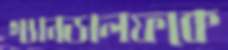
গ্যানডালফকে